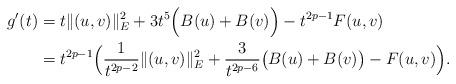
LaTeX: \begin{align*}g'(t)&=t\|(u,v)\|_{E}^{2}+3t^{5}\Big(B(u)+B(v)\Big)-t^{2p-1}F(u,v)\\&=t^{2p-1}\Big(\frac{1}{t^{2p-2}}\|(u,v)\|_{E}^{2}+\frac{3}{t^{2p-6}}\big(B(u)+B(v)\big)-F(u,v)\Big).\end{align*}